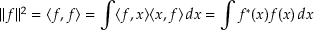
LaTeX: \| f \| ^ { 2 } = \langle f , f \rangle = \int \langle f , x \rangle \langle x , f \rangle \, d x = \int f ^ { * } ( x ) f ( x ) \, d x